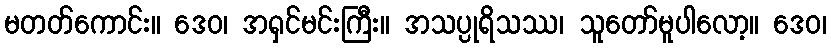
မတတ်ကောင်း။ ဒေဝ၊ အရှင်မင်းကြီး။ အသပ္ပုရိသဿ၊ သူတော်မူပါလော့။ ဒေဝ၊